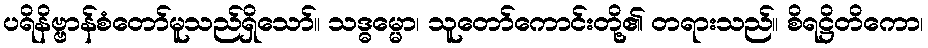
ပရိနိဗ္ဗာန်စံတော်မူသည်ရှိသော်။ သဒ္ဓမ္မော၊ သူတော်ကောင်းတို့၏ တရားသည်။ စိရဋ္ဌိတိကော၊